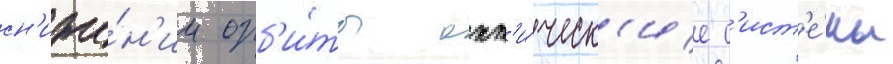
сн'иже́н'ии орб'и́ты опт'и́ческ'ие с'ист'е́мы